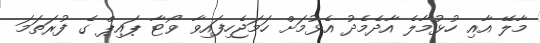
މާލޭ އާއި ހުޅުމާލެ އާދެމެދު އެޅުމަށް ހަމަޖެހިފައިވާ ވޯޓާ ޕައިޕް ގެ ފުރަތަމަ